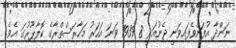
ނަންދާ އުފަންވެފައިވަނީ ޖެނުއަރީ 8 1939 ވަނަ އަހަރު މަހާރަސްތްރާގެ ކޮލާޕޫރުގަ އެވެ.